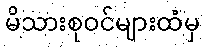
မိသားစုဝင်များထံမှ